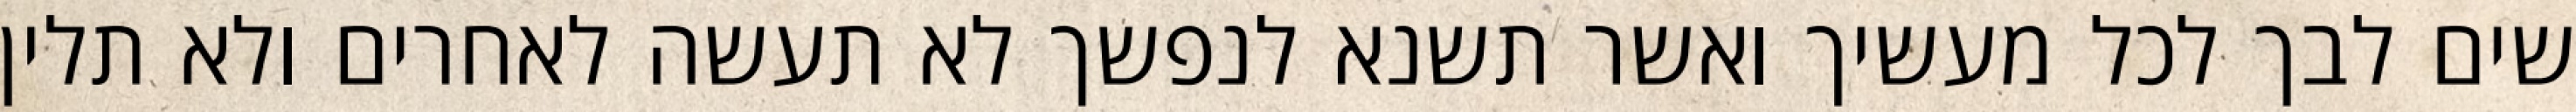
שים לבך לכל מעשיך ואשר תשנא לנפשך לא תעשה לאחרים ולא תלין